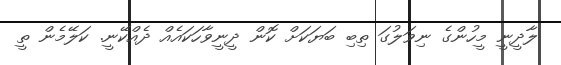
ލާދީނީ މީހުންގެ ނިވަލުގަ ތިބި ބަޔަކަށް ކޮން ދީނީވާހަކައެއް ދެއްކޭނީ. ކަލޭމެން ތީ